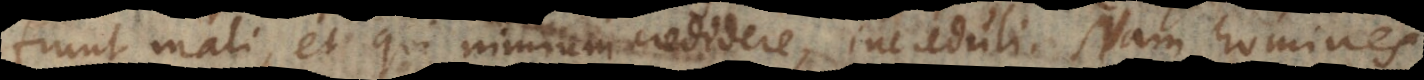
fiunt mali, et qui nimium credidere, increduli. Nam homines